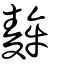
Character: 麰